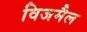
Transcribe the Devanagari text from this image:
विजमैल